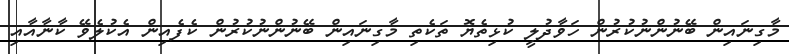
މާގިނައިން ބޭނުންނުކުރުން ހަވާދުލީ ކުޅިތެޔޮ ތަކެތި މާގިނައިން ބޭނުންނުކުރުން ކެފެއިން އެކުލެވޭ ކާނާއާއި